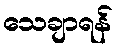
သေချာရန်